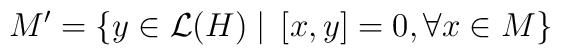
M^{\prime }=\left\{ y\in \mathcal{L}(H)\mid \,\left[ x,y\right] =0,\forallx\in M\right\}